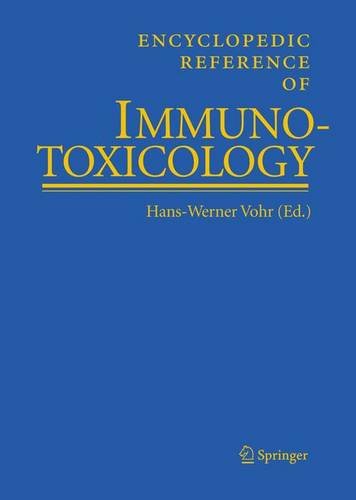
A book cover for Encyclopedic Reference of Immunotoxicology; Medical Books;